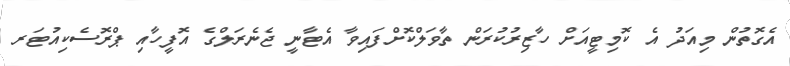
އެގޮތުން މިއަދު އެ ކޮމިޓީއަށް ހާޒިރުކުރަން ތާވަލްކޮށްފައިވާ އެޓާނީ ޖެނެރަލްގެ އޮފީހާއި ޕްރޮސެކިއުޓަރ